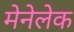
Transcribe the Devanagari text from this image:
मेनेलेक